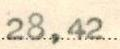
28,42